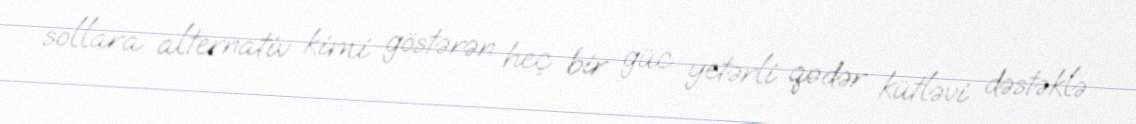
sollara alternativ kimi göstərən heç bir güc yetərli qədər kütləvi dəstəklə